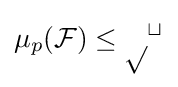
\mu _{p}({\cal {F)\leq p^{t}}}